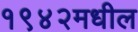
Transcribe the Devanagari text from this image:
१९४२मधील